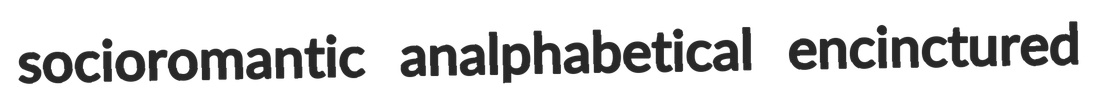
socioromantic analphabetical encinctured